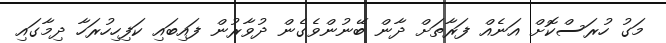
މަގު ހުރަސްކޮށް އަނެއް ފަރާތަށް ދާން ބޭނުންވެގެން ދުވާރުން ފައިބައި ކަފިހިހުރަހާ ދިމާގައި